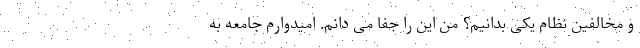
و مخالفین نظام یکی بدانیم؟ من این را جفا می دانم. امیدوارم جامعه به